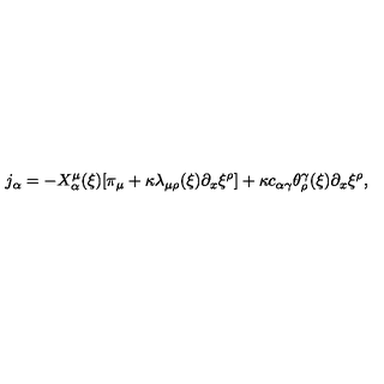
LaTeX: j _ { \alpha } = - X _ { \alpha } ^ { \mu } ( \xi ) [ \pi _ { \mu } + \kappa \lambda _ { \mu \rho } ( \xi ) \partial _ { x } \xi ^ { \rho } ] + \kappa c _ { \alpha \gamma } \theta _ { \rho } ^ { \gamma } ( \xi ) \partial _ { x } \xi ^ { \rho } ,